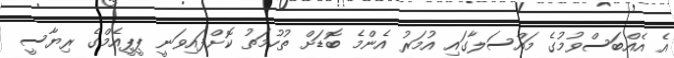
އެ އެއްބަސްވުމުގެ މައްސަލާގައި އުމަރު އެންމެ ބޮޑަށް ތުހުމަތު ކޮށްފައިވަނީ ޕީޕީއެމްގެ ރިޔާސީ